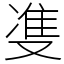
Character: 㕠